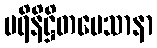
ပရိနိဋ္ဌိတမေသာနာ